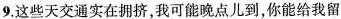
9.这些天交通实在拥挤，我可能晚点儿到，你能给我留